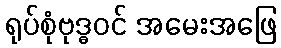
ရုပ်စုံဗုဒ္ဓဝင် အမေးအဖြေ